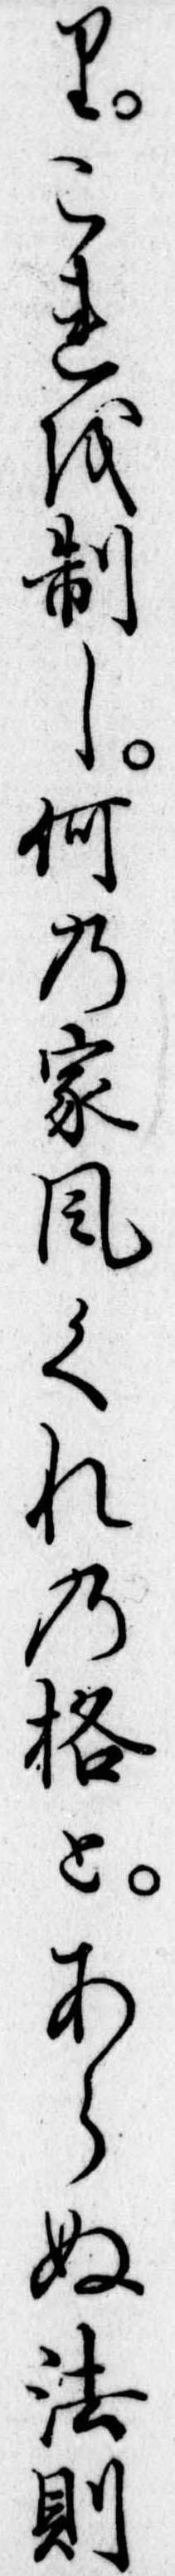
りこれを制し何の家風くれの格とあらぬ法則